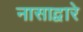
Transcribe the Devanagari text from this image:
नासाद्वारे